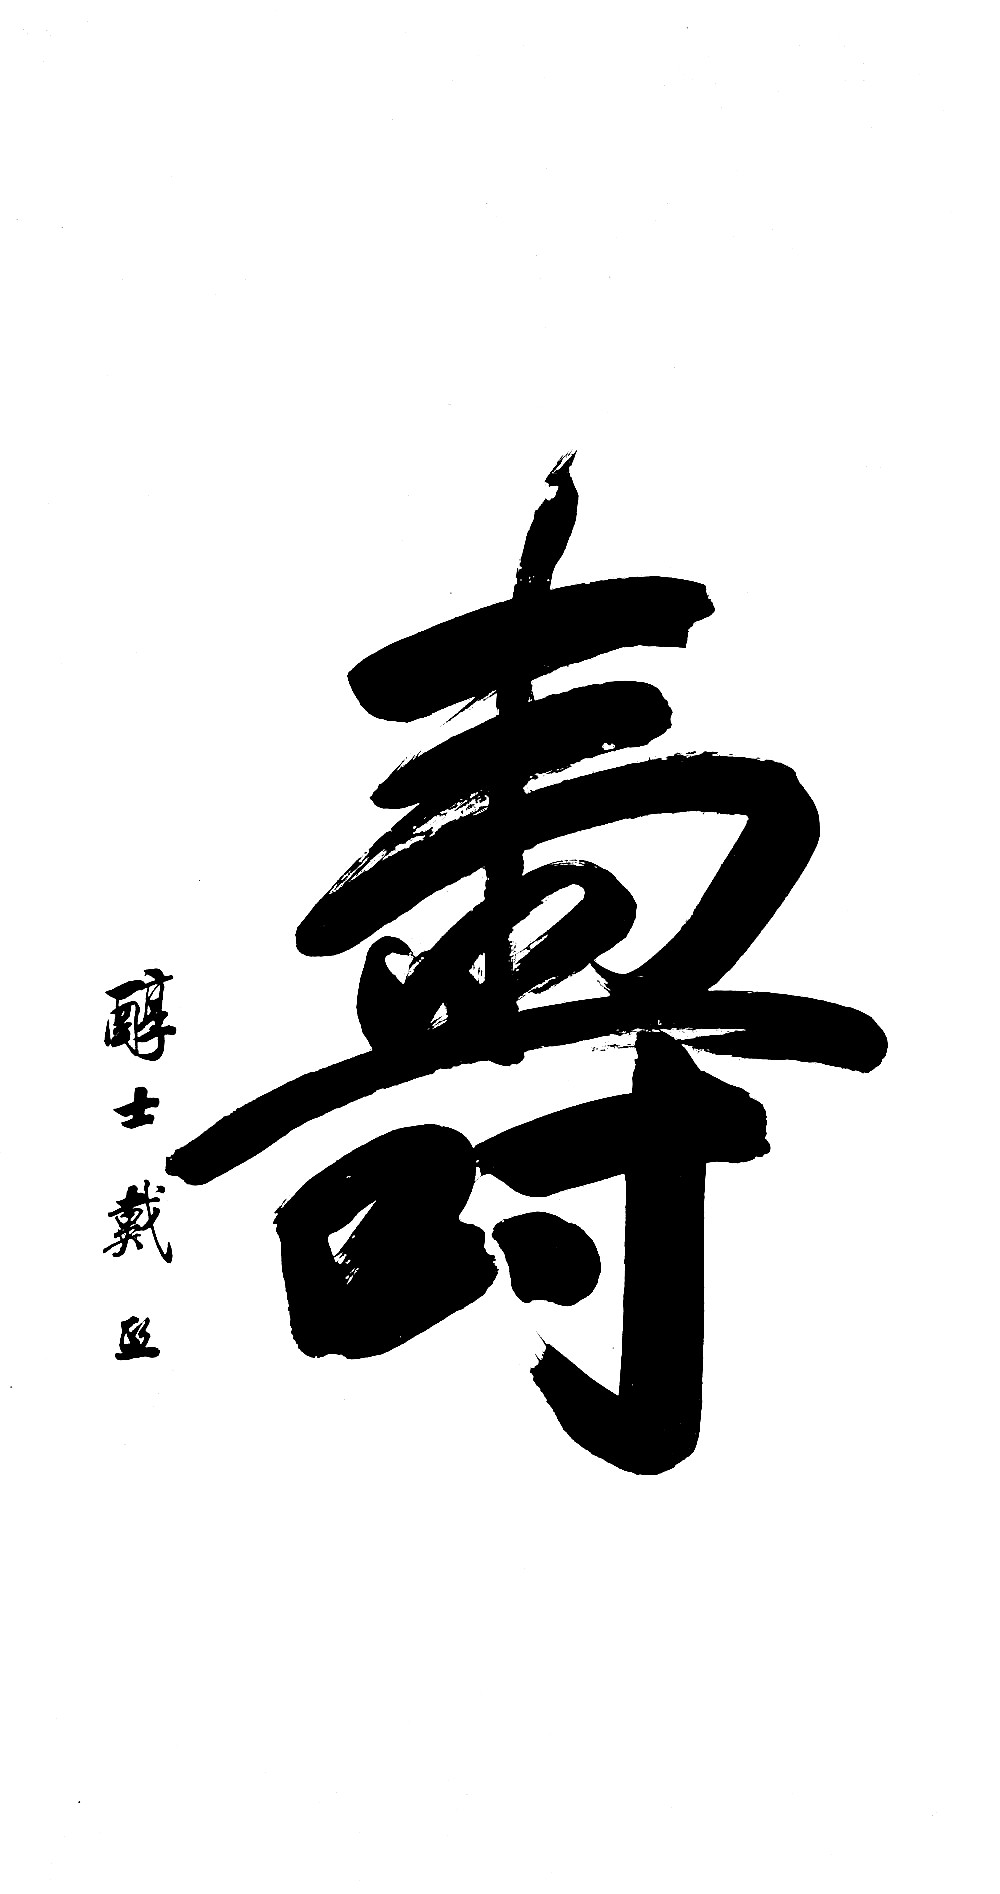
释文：款识：醇士戴熙。